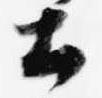
土